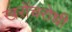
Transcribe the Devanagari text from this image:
खरोंचरोधी